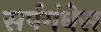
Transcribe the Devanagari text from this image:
सर्पगंधेस